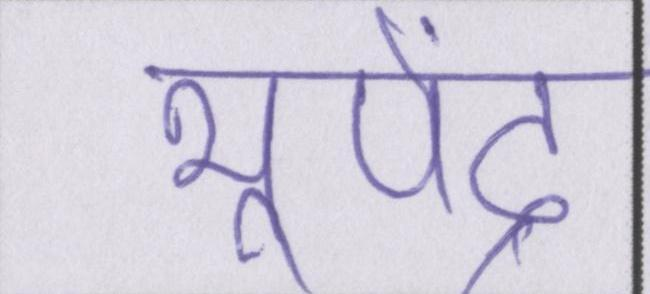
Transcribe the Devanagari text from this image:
भूपेंद्र